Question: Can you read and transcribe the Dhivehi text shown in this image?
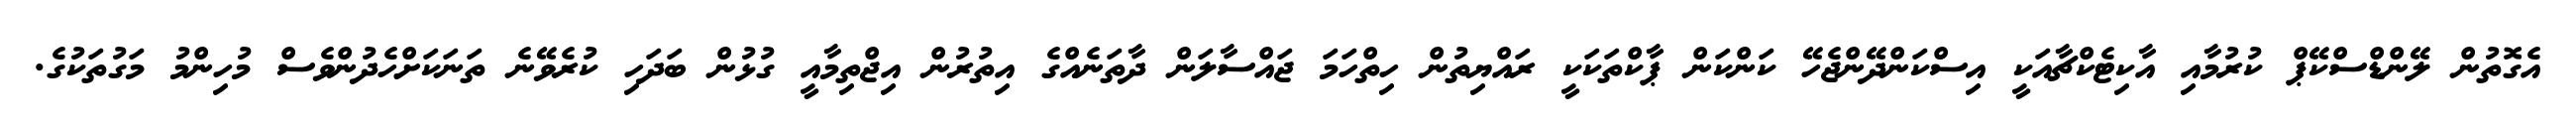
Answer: އެގޮތުން ލޭންޑްސްކޭޕް ކުރުމާއި އާކިޓެކްޗާއަކީ އިސްކަންދޭންޖެހޭ ކަންކަން ޕާކްތަކަކީ ރައްޔިތުން ހިތްހަމަ ޖައްސާލަން ދާތަނެއްގެ އިތުރުން އިޖްތިމާއީ ގުޅުން ބަދަހި ކުރެވޭނެ ތަނަކަށްހެދުންވެސް މުހިންމު މަގުތަކުގެ.